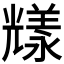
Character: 𠓁